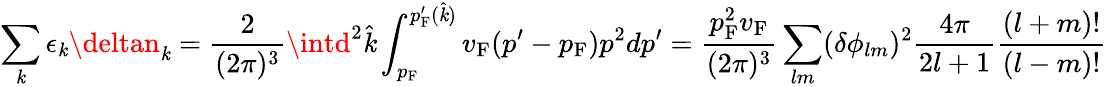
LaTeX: \sum_{\mathit{k}}\epsilon_{\mathit{k}}\deltan_{\mathit{k}}={\frac{{2}}{{(2\pi)^{3}}}}\intd^{2}{\hat{{\mathit{k}}}}\int_{p_{\mathrm{{{F}}}}}^{p_{\mathrm{{{F}}}}^{\prime}({\hat{{\mathit{k}}}})}v_{\mathrm{{{F}}}}(p^{\prime}-p_{\mathrm{{{F}}}})p^{2}dp^{\prime}={\frac{{p_{\mathrm{{{F}}}}^{2}v_{\mathrm{{{F}}}}}}{{(2\pi)^{3}}}}\sum_{lm}(\delta\phi_{lm})^{2}{\frac{{4\pi}}{{2l+1}}}{\frac{{(l+m)!}}{{(l-m)!}}}